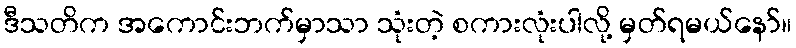
ဒီသတိက အကောင်းဘက်မှာသာ သုံးတဲ့ စကားလုံးပါလို့ မှတ်ရမယ်နော်။